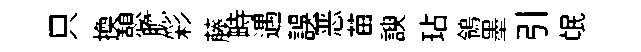
只换憩膽彩藤畤遇誤恶苗諛玷鴒墨引氓